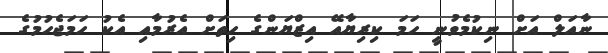
ނާއަލް އަށް ނިކުމެވުނީ ހަމަ ކިރިޔާއޭ އިޒްޔަންގެ ހިތަށް އެރުމާއި އެކު ހަމަޖެހުމުގެ